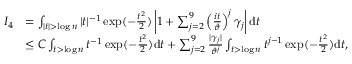
\begin{array} { r l } { I _ { 4 } } & { = \int _ { | t | > \log n } | t | ^ { - 1 } \exp ( - \frac { t ^ { 2 } } { 2 } ) \left| 1 + \sum _ { j = 2 } ^ { 9 } \left( \frac { i t } { \vartheta } \right) ^ { j } \gamma _ { j } \right| \mathrm { d } t } \\ & { \leq C \int _ { t > \log n } t ^ { - 1 } \exp ( - \frac { t ^ { 2 } } { 2 } ) \mathrm { d } t + \sum _ { j = 2 } ^ { 9 } \frac { | \gamma _ { j } | } { \vartheta ^ { j } } \int _ { t > \log n } t ^ { j - 1 } \exp ( - \frac { t ^ { 2 } } { 2 } ) \mathrm { d } t , } \end{array}